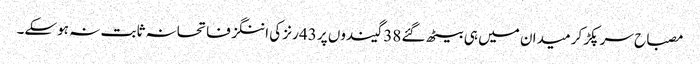
مصباح سر پکڑ کر میدان میں ہی بیٹھ گئے 38 گیندوں پر 43 رنز کی اننگز فاتحانہ ثابت نہ ہوسکے۔